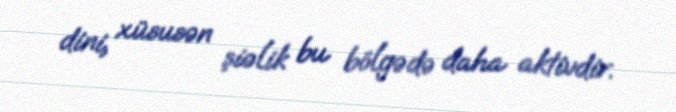
dini, xüsusən şiəlik bu bölgədə daha aktivdir.